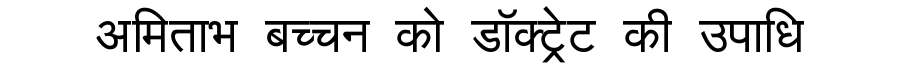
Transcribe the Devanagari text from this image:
अमिताभ बच्चन को डॉक्ट्रेट की उपाधि